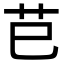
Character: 𦬊